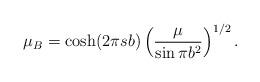
LaTeX: \begin{align*}\mu_B = \cosh(2\pi sb)\left(\frac{\mu}{\sin\pi b^2}\right)^{1/2}.\end{align*}